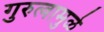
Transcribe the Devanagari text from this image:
गुरुत्वामुळे